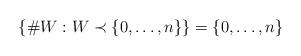
LaTeX: \begin{align*}\{\#W: W\prec \{0, \ldots, n\}\} = \{0, \ldots, n\}\end{align*}